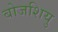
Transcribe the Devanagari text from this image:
बोजशियु